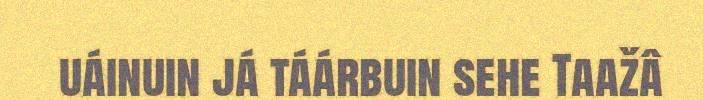
uáinuin já táárbuin sehe Taažâ